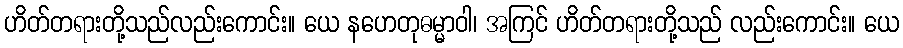
ဟိတ်တရားတို့သည်လည်းကောင်း။ ယေ နဟေတုဓမ္မာဝါ၊ အကြင် ဟိတ်တရားတို့သည် လည်းကောင်း။ ယေ